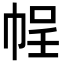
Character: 𭘡